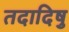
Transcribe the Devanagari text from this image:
तदादिषु